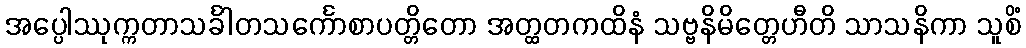
အပ္ပေါဿုက္ကတာသင်္ခါတသင်္ကောစာပတ္တိတော အတ္ထတကထိနံ သဗ္ဗနိမိတ္တေဟီတိ သာသနိကာ သူစိံ